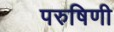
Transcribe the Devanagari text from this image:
परुषिणी